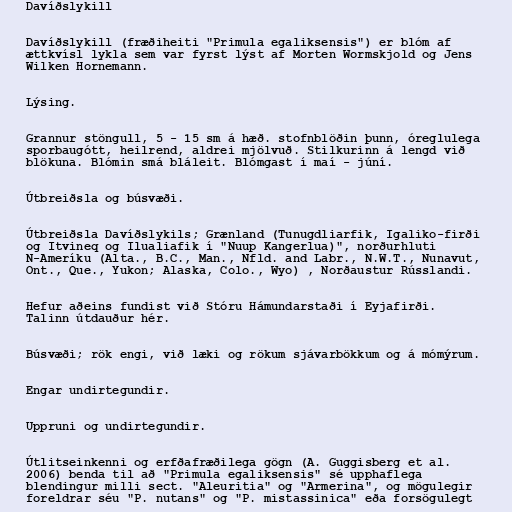
Davíðslykill

Davíðslykill (fræðiheiti "Primula egaliksensis") er blóm af
ættkvísl lykla sem var fyrst lýst af Morten Wormskjold og Jens
Wilken Hornemann.

Lýsing.

Grannur stöngull, 5 - 15 sm á hæð. stofnblöðin þunn, óreglulega
sporbaugótt, heilrend, aldrei mjölvuð. Stilkurinn á lengd við
blökuna. Blómin smá bláleit. Blómgast í maí - júní.

Útbreiðsla og búsvæði.

Útbreiðsla Davíðslykils; Grænland (Tunugdliarfik, Igaliko-firði
og Itvineq og Ilualiafik í "Nuup Kangerlua)", norðurhluti
N-Ameríku (Alta., B.C., Man., Nfld. and Labr., N.W.T., Nunavut,
Ont., Que., Yukon; Alaska, Colo., Wyo) , Norðaustur Rússlandi.

Hefur aðeins fundist við Stóru Hámundarstaði í Eyjafirði.
Talinn útdauður hér.

Búsvæði; rök engi, við læki og rökum sjávarbökkum og á mómýrum.

Engar undirtegundir.

Uppruni og undirtegundir.

Útlitseinkenni og erfðafræðilega gögn (A. Guggisberg et al.
2006) benda til að "Primula egaliksensis" sé upphaflega
blendingur milli sect. "Aleuritia" og "Armerina", og mögulegir
foreldrar séu "P. nutans" og "P. mistassinica" eða forsögulegt